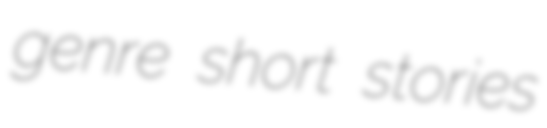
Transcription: genre short stories